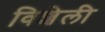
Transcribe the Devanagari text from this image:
विशेली